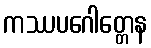
ကဿပဂေါတ္တေန